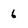
Character: 6